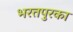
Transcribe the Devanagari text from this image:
भरतपुरका